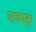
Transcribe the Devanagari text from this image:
चावपत्।